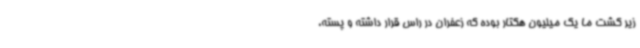
زیر کشت ما یک میلیون هکتار بوده که زعفران در راس قرار داشته و پسته،